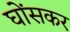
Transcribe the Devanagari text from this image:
घोंसकर